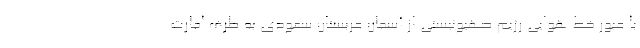
با عبور خط هوایی رژیم صهیونیستی از آسمان عربستان سعودی به طرف امارت